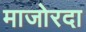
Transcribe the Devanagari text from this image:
माजोरदा